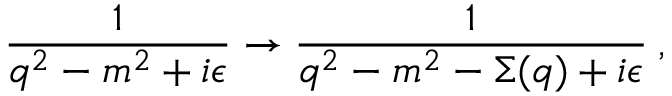
\frac { 1 } { q ^ { 2 } - m ^ { 2 } + i \epsilon } \rightarrow \frac { 1 } { q ^ { 2 } - m ^ { 2 } - \Sigma ( q ) + i \epsilon } \: ,